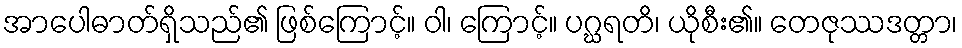
အာပေါဓာတ်ရှိသည်၏ ဖြစ်ကြောင့်။ ဝါ၊ ကြောင့်။ ပဂ္ဃရတိ၊ ယိုစီး၏။ တေဇုဿဒတ္တာ၊